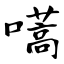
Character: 嚆